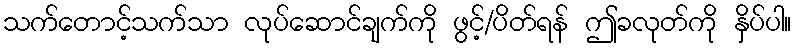
သက်တောင့်သက်သာ လုပ်ဆောင်ချက်ကို ဖွင့်/ပိတ်ရန် ဤခလုတ်ကို နှိပ်ပါ။